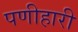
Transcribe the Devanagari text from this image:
पणीहारी